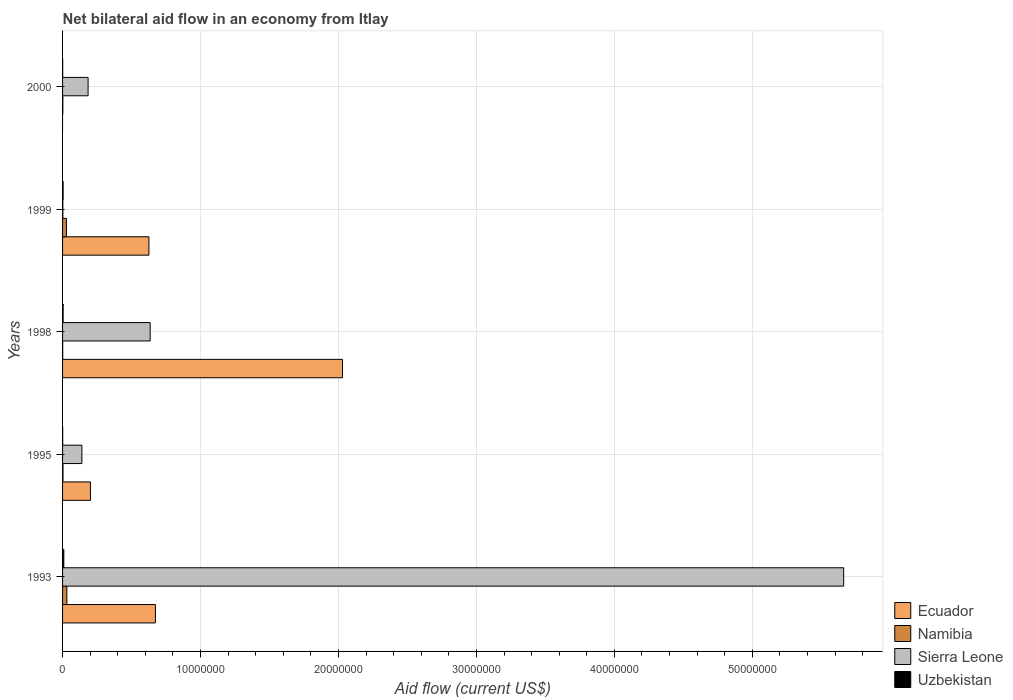
| Years | Ecuador | Namibia | Sierra Leone | Uzbekistan |
 | --- | --- | --- | --- | --- |
 | 1993 | 6.73e+06 | 3.1e+05 | 5.66e+07 | 9e+04 |
 | 1995 | 2.02e+06 | 3e+04 | 1.4e+06 | 1e+04 |
 | 1998 | 2.03e+07 | 1e+04 | 6.35e+06 | 4e+04 |
 | 1999 | 6.26e+06 | 2.8e+05 | 2e+04 | 4e+04 |
 | 2000 | -2.82e+06 | 2e+04 | 1.85e+06 | 1e+04 |